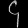
Digit: ၄